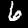
Digit: 6